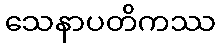
သေနာပတိကဿ